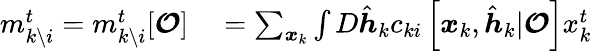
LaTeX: \begin{array}{rl}{m_{k\setminus i}^{t}=m_{k\setminus i}^{t}[\boldsymbol{\mathcal{O}}]}&{{}=\sum_{\boldsymbol{x}_{k}}\int D\hat{\boldsymbol{h}}_{k}c_{ki}\left[\boldsymbol{x}_{k},\hat{\boldsymbol{h}}_{k}|\boldsymbol{\mathcal{O}}\right]x_{k}^{t}}\end{array}